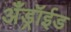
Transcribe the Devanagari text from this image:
अँड्रॉईड